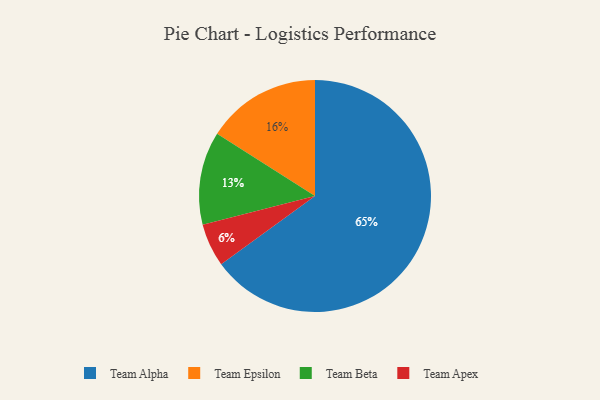
{"axis": {"x": "Category", "y": "Percentage"}, "legend": ["Team Alpha", "Team Apex", "Team Beta", "Team Epsilon"], "data": [{"x": "Team Alpha", "y": 65, "type": "Team Alpha"}, {"x": "Team Apex", "y": 6, "type": "Team Apex"}, {"x": "Team Epsilon", "y": 16, "type": "Team Epsilon"}, {"x": "Team Beta", "y": 13, "type": "Team Beta"}]}